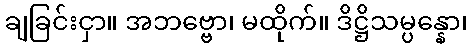
ချခြင်းငှာ။ အဘဗ္ဗော၊ မထိုက်။ ဒိဋ္ဌိသမ္ပန္နော၊